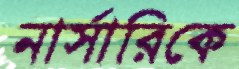
নার্সারিকে